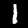
Digit: 1